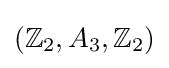
(\mathbb {Z} _{2},A_{3},\mathbb {Z} _{2})